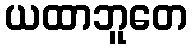
ယထာဘူတေ